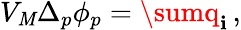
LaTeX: V_{\cal\mathit{M}}\Delta_{p}\phi_{p}=\sumq_{\mathbf{i}}\, ,